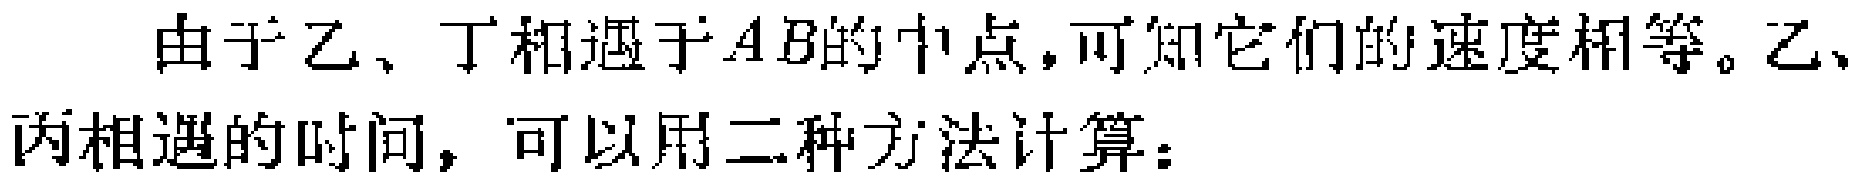
由于乙、丁相遇于\(AB\)的中点，可知它们的速度相等。乙、丙相遇的时间，可以用二种方法计算：